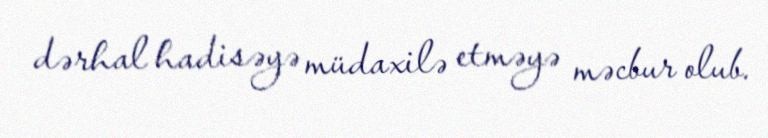
dərhal hadisəyə müdaxilə etməyə məcbur olub.